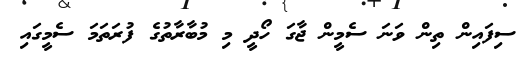
ސިފައިން ތިން ވަނަ ސެމީން ޖާގަ ހޯދީ މި މުބާރާތުގެ ފުރަތަމަ ސެމީގައި